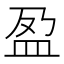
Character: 盈